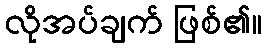
လိုအပ်ချက် ဖြစ်၏။